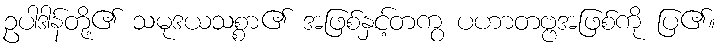
ဥပါဒါန်တို့၏ သမုဒယသစ္စာ၏ အဖြစ်နှင့်တကွ ပဟာတဗ္ဗအဖြစ်ကို ပြ၏။